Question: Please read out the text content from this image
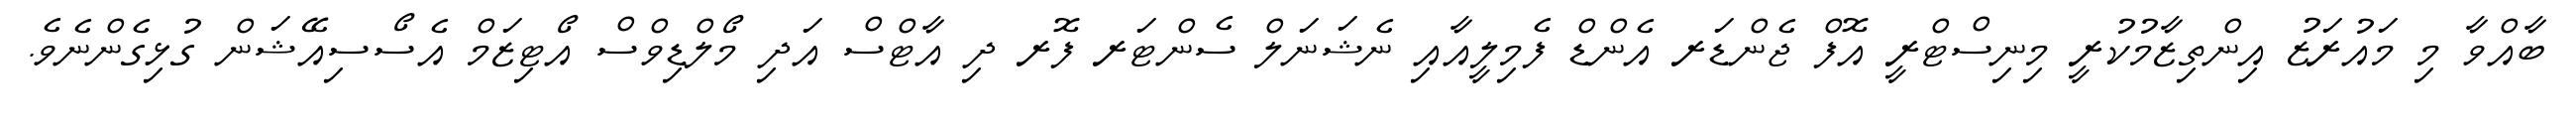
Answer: ބާއްވާ މި މައުރަޒު އިންތިޒާމުކުރީ މިނިސްޓްރީ އޮފް ޖެންޑަރ އެންޑް ފެމިލީއާއި ނެޝަނަލް ސެންޓަރ ފޮރ ދި އާޓްސް އަދި މޯލްޑިވްސް އޯޓިޒަމް އެސޯސިއޭޝަން ގުޅިގެންނެވެ.